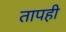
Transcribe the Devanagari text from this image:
तापही